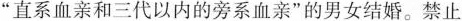
“直系血亲和三代以内的旁系血亲”的男女结婚。禁止